Scientific memoirs by medical officers of the Army of India - Part XII,
Year: 1901
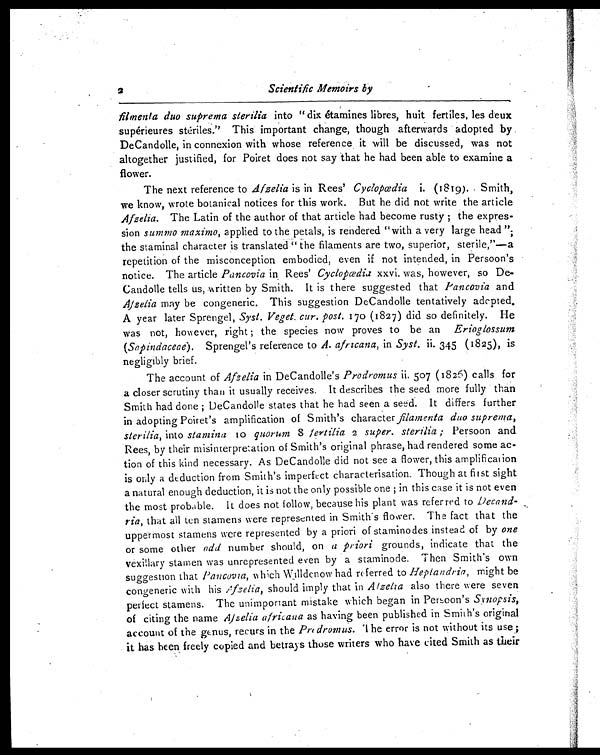
2
Scientific Memoirs by
filmenta duo suprema sterilia into "dix étamines libres, huit fertiles, les deux
supérieures stériles." This important change, though afterwards adopted by
DeCandolle, in connexion with whose reference it will be discussed, was not
altogether justified, for Poiret does not say that he had been able to examine a
flower.
The next reference to Afzelia is in Rees' Cyclopœdia (1819). Smith,
we know, wrote botanical notices for this work. But he did not write the article
Afzelia. The Latin of the author of that article had become rusty ; the expres-
sion Summo maximo, applied to the petals, is rendered "with a very large head ";
the staminal character is translated " the filaments are two, superior, sterile,"—a
repetition of the misconception embodied, even if not intended, in Persoon's
notice. The article Pancovia in Rees' Cyclopœdia xxvi. was, however, so De-
Candolle tells us, written by Smith. It is there suggested that Pancovia and
Afzelia may be congeneric. This suggestion DeCandolle tentatively adopted.
A year later Sprengel, Syst. Veget. cur. post. 17o (1827) did so definitely. He
was not, however, right ; the species now proves to be an Erioglossum
(Sapindaceae). Sprengel's reference to A. africana, in Syst. ii. 345 (1825), is
negligibly brief.
The account of Afzelia in DeCandolle's Prodromus i i .
5 0 7 ( 1 8 2 6 ) c a l l s f o r
a closer scrutiny than it usually receives. It describes the seed more fully than
Smith had done ; DeCandolle states that he had seen a seed. It differs further
in adopting Poiret's amplification of Smith's character filamentad u o s u p r e m a ,
sterilia, into stamina 10 quorum 8 fertilia 2 super. sterilia ; Persoon and
Rees, by their misinterpretation of Smith's original phrase, had rendered some ac-
- t i o n o f t h i s k i n d n e c e s s a r y . A s D e C a n d o l l e d i d n o t s e e a f l o w e r , t h i s a m p l i f i c a t i o n
is only a deduction from Smith's imperfect characterisation. Though at first sight
a natural enough deduction, it is not the only possible one ; in this case it is not even
the most probable. It does not follow, because his plant was referred to Decand-
ria, that all ten stamens were represented in Smith's flower. The fact that the
uppermost stamens were represented by a priori of staminodes instead of by one
or some other odd number should, on a priori grounds, indicate that the
vexillary stamen was unrepresented even by a staminode. Then Smith's own
suggestion that Pancovia, which Willdenow had referred to Heptandria, might be
congeneric with his Afzelia, should imply that in Afzelia also there were seven
perfect stamens. The unimportant mistake which began in Persoon's Synopsis,
of citing the name Afzelia africana as having been published in Smith's original
account of the genus, recurs in the Prodromus. The error is not without its use;
it has been freely copied and betrays those writers who have cited Smith as their